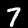
Label: 7